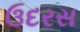
ઉદરસ